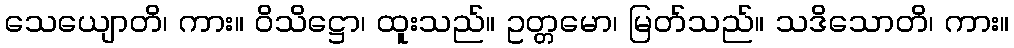
သေယျောတိ၊ ကား။ ဝိသိဋ္ဌော၊ ထူးသည်။ ဥတ္တမော၊ မြတ်သည်။ သဒိသောတိ၊ ကား။